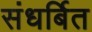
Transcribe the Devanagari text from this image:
संधर्बित